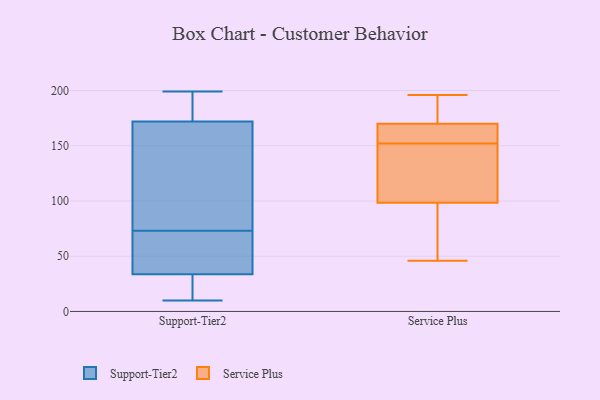
{"axis": {"x": "Page Views", "y": "Value"}, "legend": ["Service Plus", "Support-Tier2"], "data": [{"x": "", "y": 199, "type": "Support-Tier2"}, {"x": "", "y": 25, "type": "Support-Tier2"}, {"x": "", "y": 73, "type": "Support-Tier2"}, {"x": "", "y": 20, "type": "Support-Tier2"}, {"x": "", "y": 183, "type": "Support-Tier2"}, {"x": "", "y": 10, "type": "Support-Tier2"}, {"x": "", "y": 173, "type": "Support-Tier2"}, {"x": "", "y": 190, "type": "Support-Tier2"}, {"x": "", "y": 169, "type": "Support-Tier2"}, {"x": "", "y": 22, "type": "Support-Tier2"}, {"x": "", "y": 149, "type": "Support-Tier2"}, {"x": "", "y": 60, "type": "Support-Tier2"}, {"x": "", "y": 72, "type": "Support-Tier2"}, {"x": "", "y": 70, "type": "Support-Tier2"}, {"x": "", "y": 162, "type": "Support-Tier2"}, {"x": "", "y": 46, "type": "Service Plus"}, {"x": "", "y": 147, "type": "Service Plus"}, {"x": "", "y": 72, "type": "Service Plus"}, {"x": "", "y": 157, "type": "Service Plus"}, {"x": "", "y": 176, "type": "Service Plus"}, {"x": "", "y": 86, "type": "Service Plus"}, {"x": "", "y": 162, "type": "Service Plus"}, {"x": "", "y": 196, "type": "Service Plus"}, {"x": "", "y": 164, "type": "Service Plus"}, {"x": "", "y": 111, "type": "Service Plus"}, {"x": "", "y": 115, "type": "Service Plus"}, {"x": "", "y": 184, "type": "Service Plus"}]}